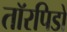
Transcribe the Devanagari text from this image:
तॉरपिडो